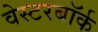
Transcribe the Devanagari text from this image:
वेस्टरबॉर्क